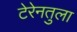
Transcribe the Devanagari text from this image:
टेरेनतुला